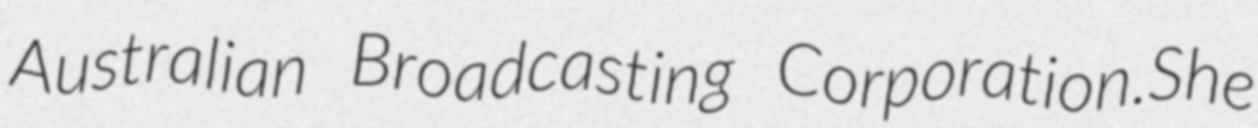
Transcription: Australian Broadcasting Corporation.She